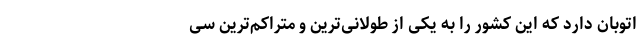
اتوبان دارد که این کشور را به یکی از طولانی‌ترین و متراکم‌ترین سی